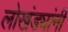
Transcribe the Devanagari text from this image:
लोखंड्यांनी